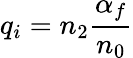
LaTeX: q_{i}=n_{2}\frac{\alpha_{f}}{n_{0}}